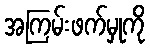
အကြမ်းဖက်မှုကို